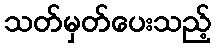
သတ်မှတ်ပေးသည့်